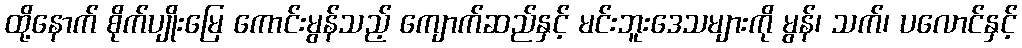
ထို့နောက် စိုက်ပျိုးမြေ ကောင်းမွန်သည့် ကျောက်ဆည်နှင့် မင်းဘူးဒေသများကို မွန်၊ သက်၊ ပလောင်နှင့်